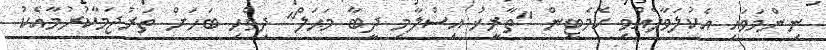
ނިންމަވައި އެކުލަވާލެއްވި ކޮމެޓީން "ތާރީޚު އިސްލާމި ދީބާ މަޙަލް" ދިވެހި ބަހަށް ތަރުޖަމާކުރުމާއެކު